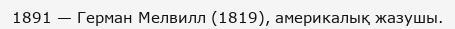
1891 — Герман Мелвилл (1819), америкалық жазушы.